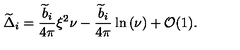
{ \widetilde \Delta } _ { i } = { \frac { { \widetilde b } _ { i } } { 4 \pi } } \xi ^ { 2 } \nu - { \frac { { \widetilde b } _ { i } } { 4 \pi } } \ln \left( \nu \right) + { \cal O } ( 1 ) .